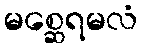
မစ္ဆေရမလံ